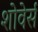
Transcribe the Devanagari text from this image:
शोवेर्स